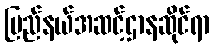
ပြည်နယ်အဆင့်ဌာနဆိုင်ရာ